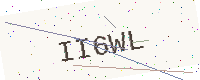
Text: II6WL